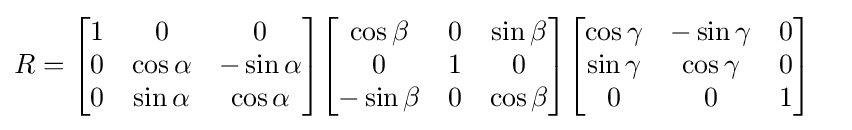
{\begin{aligned}R&={\begin{bmatrix}1&0&0\\0&\cos \alpha &-\sin \alpha \\0&\sin \alpha &\cos \alpha \end{bmatrix}}{\begin{bmatrix}\cos \beta &0&\sin \beta \\0&1&0\\-\sin \beta &0&\cos \beta \end{bmatrix}}{\begin{bmatrix}\cos \gamma &-\sin \gamma &0\\\sin \gamma &\cos \gamma &0\\0&0&1\end{bmatrix}}\end{aligned}}